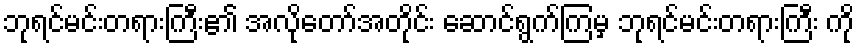
ဘုရင်မင်းတရားကြီး၏ အလိုတော်အတိုင်း ဆောင်ရွက်ကြမှ ဘုရင်မင်းတရားကြီး ကို